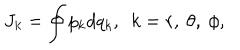
J _ { k } = \oint p _ { k } d q _ { k } , ~ ~ k = r , ~ \theta , ~ \phi ,